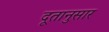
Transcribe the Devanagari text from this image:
दूतानुसार